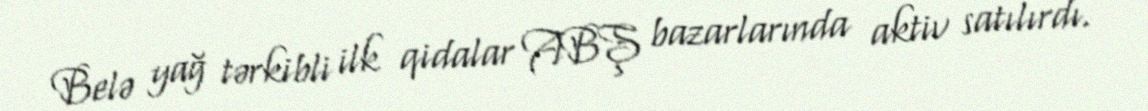
Belə yağ tərkibli ilk qidalar ABŞ bazarlarında aktiv satılırdı.